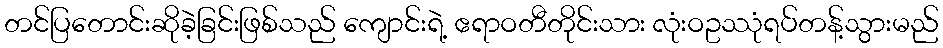
တင်ပြတောင်းဆိုခဲ့ခြင်းဖြစ်သည် ကျောင်းရဲ့ ဧရာဝတီတိုင်းသား လုံးဝဥဿုံရပ်တန့်သွားမည်